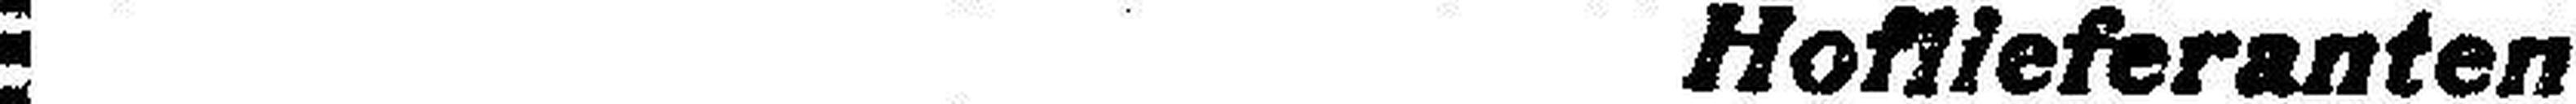
Hoflieferanten